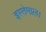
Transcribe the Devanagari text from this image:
इस्तेमाल।